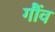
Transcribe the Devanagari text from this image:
गौंव